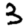
Digit: 3